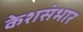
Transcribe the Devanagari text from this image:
केशसंभार